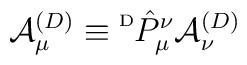
{\cal A}^{(D)}_{\mu} \equiv \raisebox{2.0mm}{{\tiny D}}\hat{P}^{\nu}_{\mu}{\cal A}^{(D)}_{\nu}